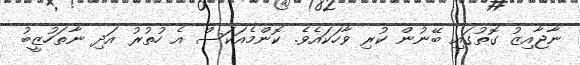
ނާޖާއިޒު ގޮތުގައި ބޭނުން ކުރި ވާހަކައެވެ. ކޮންމެއަކަސް އެ ހުތުރު އަދި ނާތަހުޒީބު